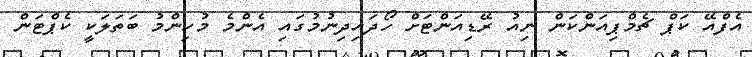
އެފްއޭ ކަޕް ޗެމްޕިއަންކަން ނިއު ރޭޑިއަންޓަށް ހޯދައިދިނުމުގައި އެންމެ މުހިންމު ބަތަލަކީ ކެޕްޓަން